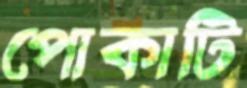
পোকাটি